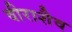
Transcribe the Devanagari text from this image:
वीराशैव